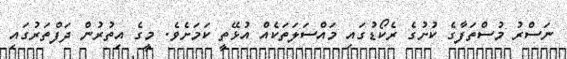
ނަސްރު މުސްތަފާގެ ކުށުގެ ރެކޯޑުގައި މައްސަލަތަކެއް އުޅޭތީ ކަމަށެވެ. މީގެ އިތުރުން ދަފްތަރުގައި